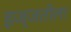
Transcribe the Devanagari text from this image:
इज्जतीला